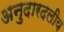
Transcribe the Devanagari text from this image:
अनुदारदलीय